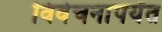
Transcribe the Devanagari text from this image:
विवेचनापर्यंत